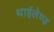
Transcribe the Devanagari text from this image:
थाईलेण्ड